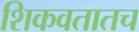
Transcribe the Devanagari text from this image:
शिकवतातच